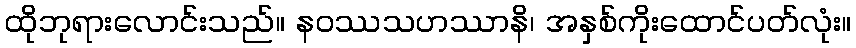
ထိုဘုရားလောင်းသည်။ နဝဿသဟဿာနိ၊ အနှစ်ကိုးထောင်ပတ်လုံး။